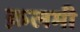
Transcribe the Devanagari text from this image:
क़लमी